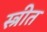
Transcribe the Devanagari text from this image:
स्त्रीत